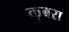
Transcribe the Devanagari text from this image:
कुबरा